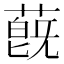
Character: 蔇